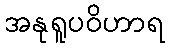
အနုရူပဝိဟာရ